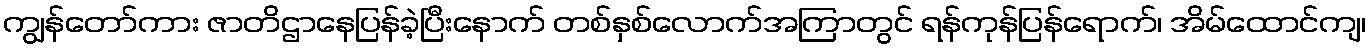
ကျွန်တော်ကား ဇာတိဌာနေပြန်ခဲ့ပြီးနောက် တစ်နှစ်လောက်အကြာတွင် ရန်ကုန်ပြန်ရောက်၊ အိမ်ထောင်ကျ၊